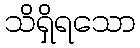
သိရှိရသော